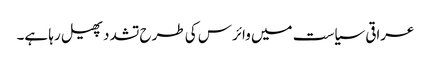
عراقی سیاست میں وائرس کی طرح تشدد پھیل رہا ہے۔